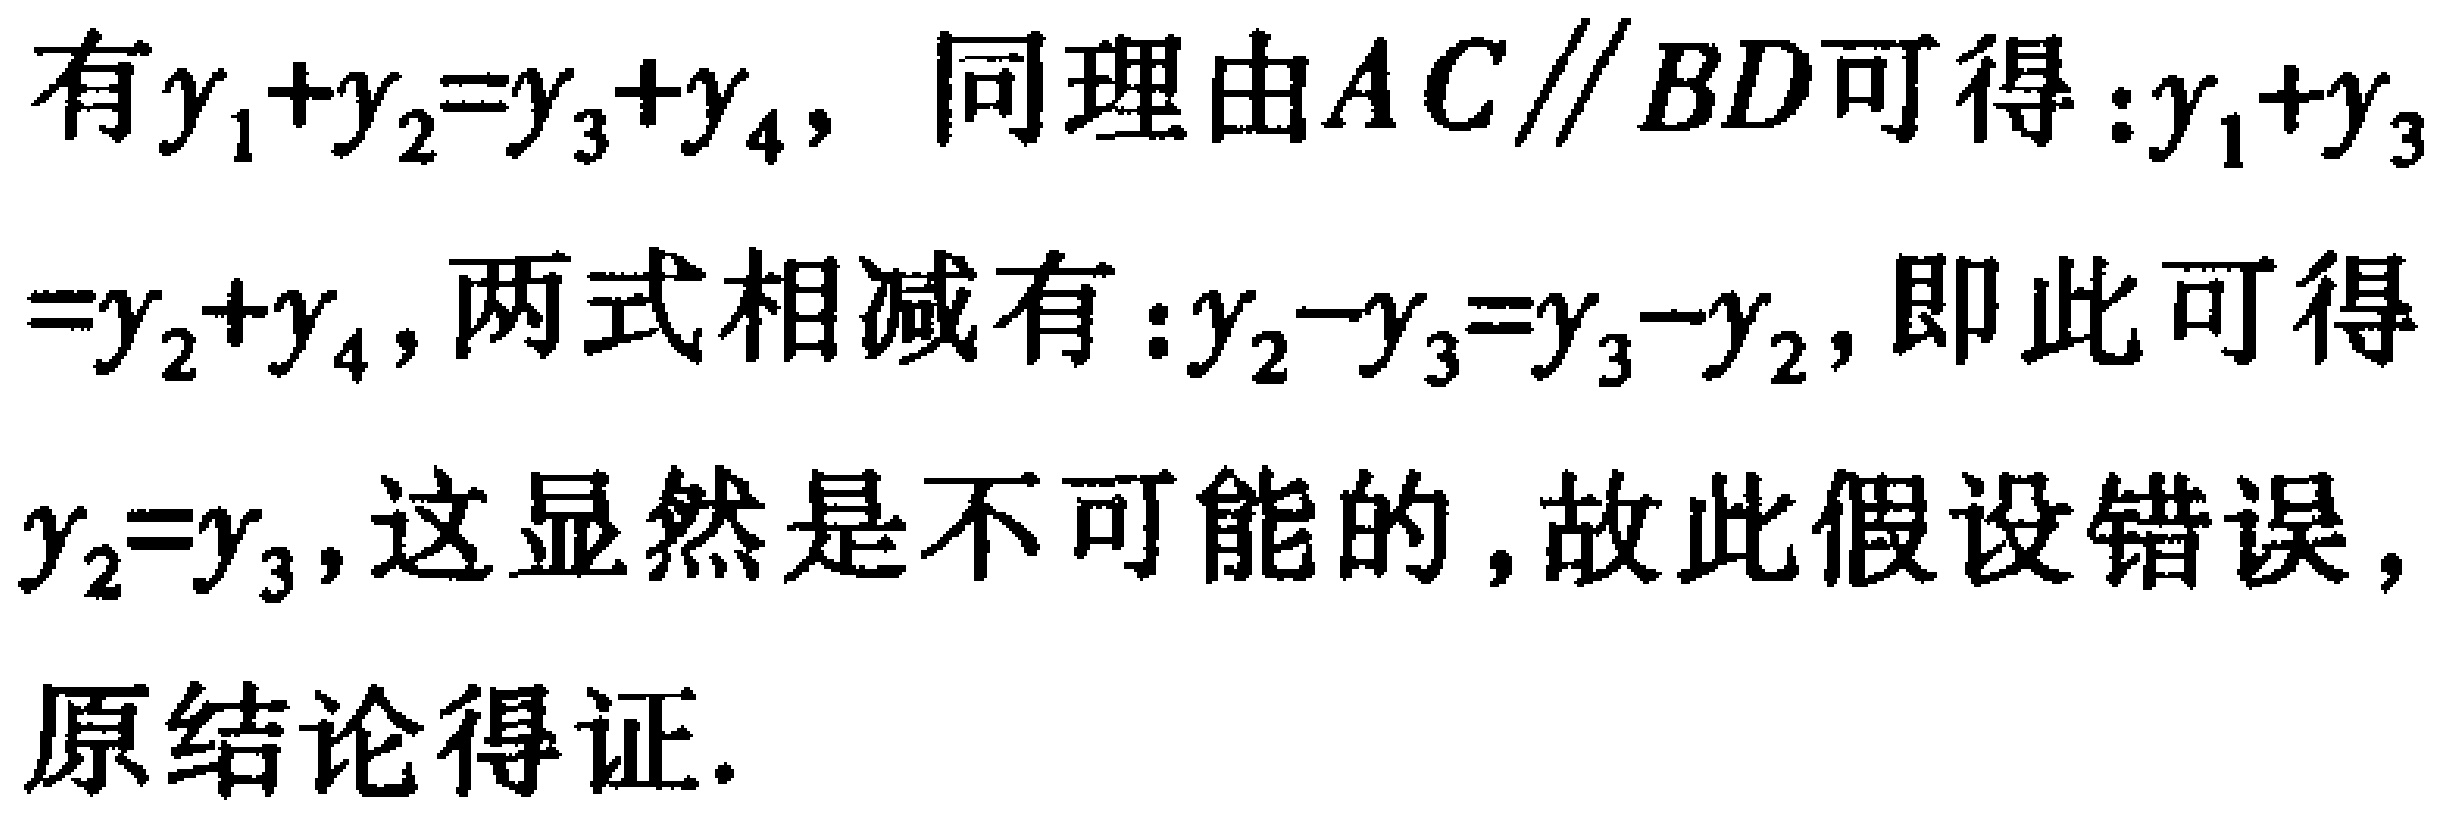
有\(y_{1}+y_{2}=y_{3}+y_{4}\)，同理由\(AC\parallel BD\)可得：\(y_{1}+y_{3}=y_{2}+y_{4}\)，两式相减有：\(y_{2}-y_{3}=y_{3}-y_{2}\)，即此可得\(y_{2}=y_{3}\)，这显然是不可能的，故此假设错误，原结论得证.